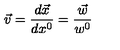
\vec { v } = \frac { d \vec { x } } { d x ^ { 0 } } = \frac { \vec { w } } { w ^ { 0 } }